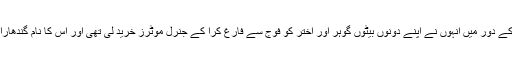
جب کہ ایوب خان کے دور میں انہوں نے اپنے دونوں بیٹوں گوہر اور اختر کو فوج سے فارغ کرا کے جنرل موٹرز خرید لی تھی اور اس کا نام گندھارا موٹرز رکھ لیا تھا۔